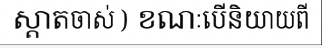
ស្តាតចាស់ ) ខណៈបើនិយាយពី